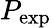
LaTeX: P_{\mathrm{exp}}